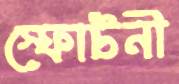
স্ফোটনী